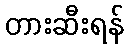
တားဆီးရန်